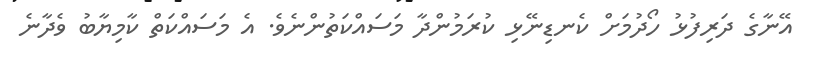
އޭނާގެ ދަރިފުޅު ހޯދުމަށް ކެނޑިނޭޅި ކުރަމުންދާ މަސައްކަތުންނެވެ. އެ މަސައްކަތް ކާމިޔާބު ވެދާނެ